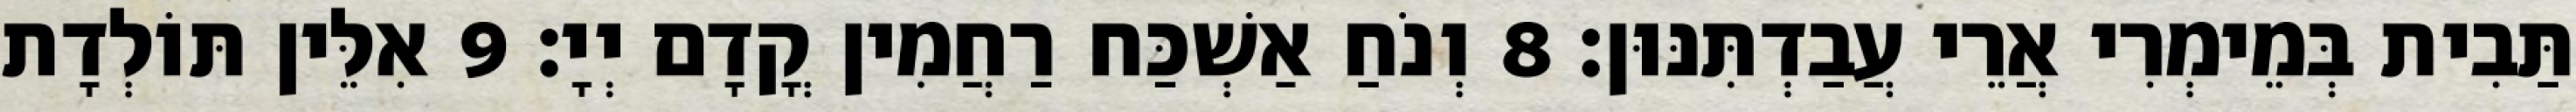
תַּבִית בְּמֵימְרִי אֲרֵי עֲבַדְתִּנּוּן׃ 8 וְנֹחַ אַשְׁכַּח רַחֲמִין קֳדָם יְיָ׃ 9 אִלֵּין תּוֹלְדָת